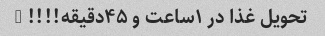
تحویل غذا در ۱ساعت و ۴۵دقیقه!!!! "